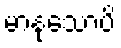
မာနုသောပိ